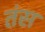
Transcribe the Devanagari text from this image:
तंस